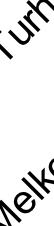
e r